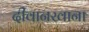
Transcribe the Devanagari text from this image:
दीवानखाना